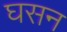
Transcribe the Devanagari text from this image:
घसन